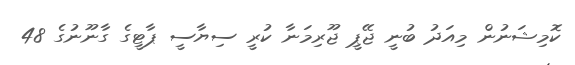
ކޮމިޝަނުން މިއަދު ބުނީ ޖޭޕީ ޖޫރިމަނާ ކުރީ ސިޔާސީ ޕާޓީގެ ގާނޫނުގެ 48